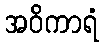
အဝိကာရံ